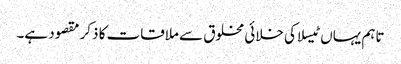
تاہم یہاں ٹیسلا کی خلائی مخلوق سے ملاقات کا ذکر مقصود ہے۔